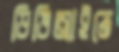
ডিভিআইতে